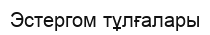
Эстергом тұлғалары